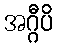
အဂ္ဂီပိ